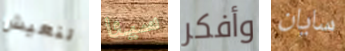
لنعيش سيئا وأفكر سايان